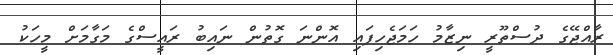
ރާއްޖޭގެ ދުސްތޫރީ ނިޒާމު ހަމަޖެހިފައި އޮންނަ ގޮތުން ނައިބު ރައީސްގެ މަގާމަށް މީހަކު